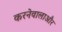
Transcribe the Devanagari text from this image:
करनेवालाऔर